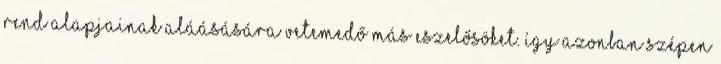
rend alapjainak aláásására vetemedő más eszelősöket. Így azonban szépen